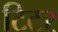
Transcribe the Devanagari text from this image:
टिटर